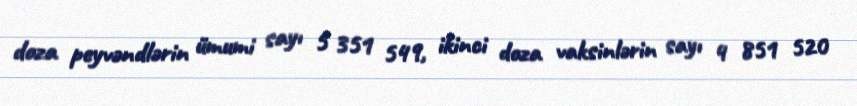
doza peyvəndlərin ümumi sayı 5 351 549, ikinci doza vaksinlərin sayı 4 851 520